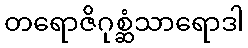
တရောဇိဂုစ္ဆံသာရောဒါ